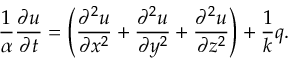
{ \frac { 1 } { \alpha } } { \frac { \partial u } { \partial t } } = \left( { \frac { \partial ^ { 2 } u } { \partial x ^ { 2 } } } + { \frac { \partial ^ { 2 } u } { \partial y ^ { 2 } } } + { \frac { \partial ^ { 2 } u } { \partial z ^ { 2 } } } \right) + { \frac { 1 } { k } } q .